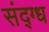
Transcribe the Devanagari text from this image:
संद्ग्ध